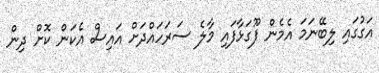
އަގުގައި ލިބޭނަމަ އެމެން ފޫގަޅާފައި މާލެ ސަރަަހައްދަށް އައިސް އެކަން ކޮށް ދިން